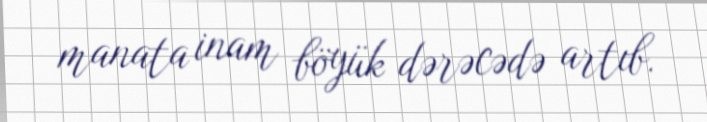
manata inam böyük dərəcədə artıb.